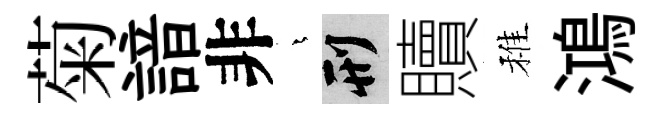
菊諳非燁刑贖稚鴻